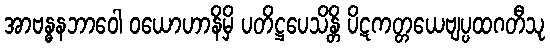
အာဗန္ဓနဘာဝေါ ဝယောဟာနိမှိ ပတိဋ္ဌပေသိန္တိ ပိဋကတ္တယေဗျပ္ပထဂတီသု